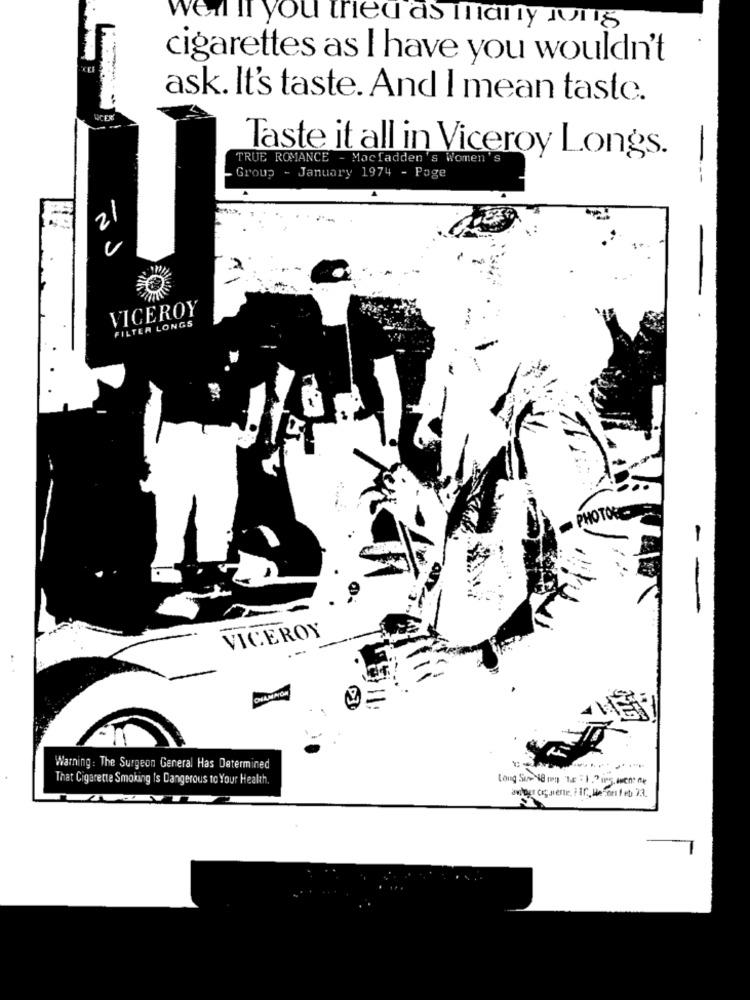
well If you tried as inany 1011g
cigarettes as I have you wouldn't
ask. It's taste. And I mean taste.
TRUE ROMANCE - Macfadden's Women's
Taste it all in Viceroy Longs.
Group - January 1974 - Page
---
2/
VICEROY
FILTER LONGS
PHOTORC
-
VICEROY
...
Warning : The Surgeon General Has Determined
---
That Cigarette Smoking Is Dangerous to Your Health.